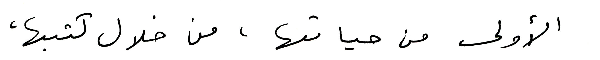
الأولى من حياتها، من خلال كتبها،